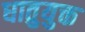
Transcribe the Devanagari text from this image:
धातुयुक्त